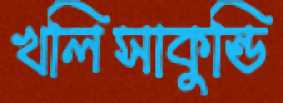
খলিসাকুন্ডি